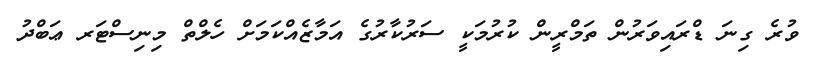
ވުރެ ގިނަ ޑްރައިވަރުން ތަމްރީން ކުރުމަކީ ސަރުކާރުގެ އަމާޒެއްކަމަށް ހެލްތް މިނިސްޓަރ ޢަބްދު